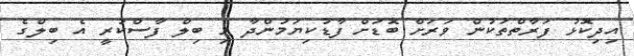
އިދިކޮޅު ފަރާތްތަކުން ވަރަށް ބޮޑަށް ފާޑުކިޔަމުންދާ މި ބިލް ފާސްކުރީ އެ ބިލްގެ